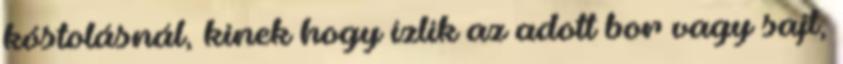
kóstolásnál, kinek hogy ízlik az adott bor vagy sajt,